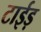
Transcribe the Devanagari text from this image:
टाईड़